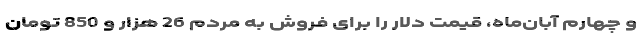
و چهارم آبان‌ماه، قیمت دلار را برای فروش به مردم 26 هزار و 850 تومان